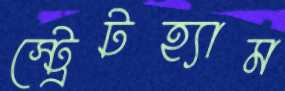
স্ট্রেটহ্যাম